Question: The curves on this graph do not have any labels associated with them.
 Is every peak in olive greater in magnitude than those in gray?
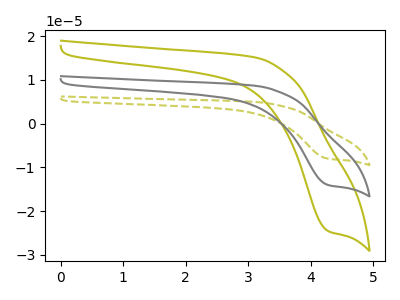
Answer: <think>The olive dashed curve "olive dashed" has a cathodic peak at: (4.30V, -28.15uA). The olive curve "olive" has a cathodic peak at: (4.30V, -24.60uA). The gray curve "gray" has a cathodic peak at: (4.30V, -14.05uA).</think>
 <answer>Every peak in "olive" is higher than every peak in "gray".</answer>
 <eval>higher</eval>